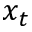
x _ { t }